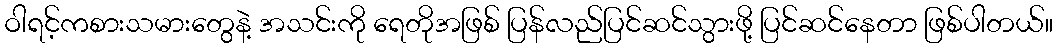
ဝါရင့်ကစားသမားတွေနဲ့ အသင်းကို ရေတိုအဖြစ် ပြန်လည်ပြင်ဆင်သွားဖို့ ပြင်ဆင်နေတာ ဖြစ်ပါတယ်။